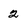
Character: 2